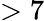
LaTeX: >7